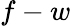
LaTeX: f-w